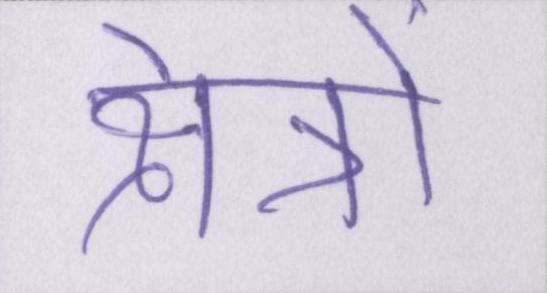
क्षेत्रों